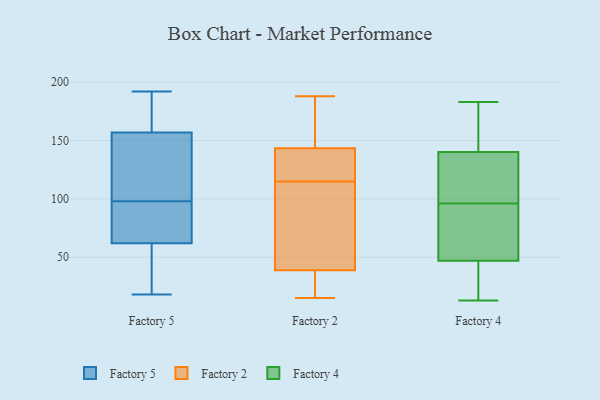
{"axis": {"x": "Tickets Resolved", "y": "Value"}, "legend": ["Factory 2", "Factory 4", "Factory 5"], "data": [{"x": "", "y": 157, "type": "Factory 5"}, {"x": "", "y": 95, "type": "Factory 5"}, {"x": "", "y": 101, "type": "Factory 5"}, {"x": "", "y": 137, "type": "Factory 5"}, {"x": "", "y": 164, "type": "Factory 5"}, {"x": "", "y": 192, "type": "Factory 5"}, {"x": "", "y": 18, "type": "Factory 5"}, {"x": "", "y": 152, "type": "Factory 5"}, {"x": "", "y": 76, "type": "Factory 5"}, {"x": "", "y": 46, "type": "Factory 5"}, {"x": "", "y": 81, "type": "Factory 5"}, {"x": "", "y": 62, "type": "Factory 5"}, {"x": "", "y": 30, "type": "Factory 5"}, {"x": "", "y": 168, "type": "Factory 5"}, {"x": "", "y": 130, "type": "Factory 2"}, {"x": "", "y": 15, "type": "Factory 2"}, {"x": "", "y": 35, "type": "Factory 2"}, {"x": "", "y": 154, "type": "Factory 2"}, {"x": "", "y": 131, "type": "Factory 2"}, {"x": "", "y": 143, "type": "Factory 2"}, {"x": "", "y": 115, "type": "Factory 2"}, {"x": "", "y": 188, "type": "Factory 2"}, {"x": "", "y": 49, "type": "Factory 2"}, {"x": "", "y": 40, "type": "Factory 2"}, {"x": "", "y": 145, "type": "Factory 2"}, {"x": "", "y": 61, "type": "Factory 2"}, {"x": "", "y": 30, "type": "Factory 2"}, {"x": "", "y": 55, "type": "Factory 4"}, {"x": "", "y": 135, "type": "Factory 4"}, {"x": "", "y": 115, "type": "Factory 4"}, {"x": "", "y": 41, "type": "Factory 4"}, {"x": "", "y": 156, "type": "Factory 4"}, {"x": "", "y": 134, "type": "Factory 4"}, {"x": "", "y": 50, "type": "Factory 4"}, {"x": "", "y": 96, "type": "Factory 4"}, {"x": "", "y": 49, "type": "Factory 4"}, {"x": "", "y": 183, "type": "Factory 4"}, {"x": "", "y": 174, "type": "Factory 4"}, {"x": "", "y": 30, "type": "Factory 4"}, {"x": "", "y": 13, "type": "Factory 4"}]}